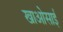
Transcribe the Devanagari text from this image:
खाओसाई